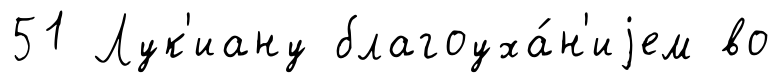
51 Лук'иану благоуха́н'иjем во